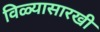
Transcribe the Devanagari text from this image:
विळ्यासारखी